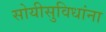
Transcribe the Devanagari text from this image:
सोयीसुविधांना